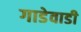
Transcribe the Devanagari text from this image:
गाडेवाडी